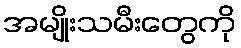
အမျိုးသမီးတွေကို